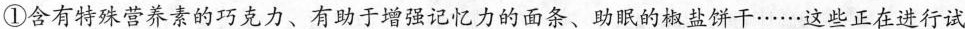
①含有特殊营养素的巧克力、有助于增强记忆力的面条、助眠的椒盐饼干……这些正在进行试